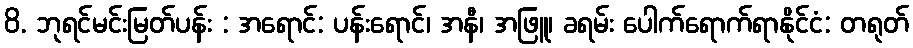
8. ဘုရင်မင်းမြတ်ပန်း : အရောင်: ပန်းရောင်၊ အနီ၊ အဖြူ၊ ခရမ်း ပေါက်ရောက်ရာနိုင်ငံ: တရုတ်